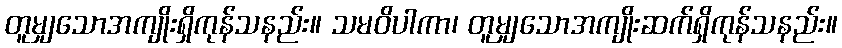
တူမျှသောအကျိုးရှိကုန်သနည်း။ သမဝိပါကာ၊ တူမျှသောအကျိုးဆက်ရှိကုန်သနည်း။